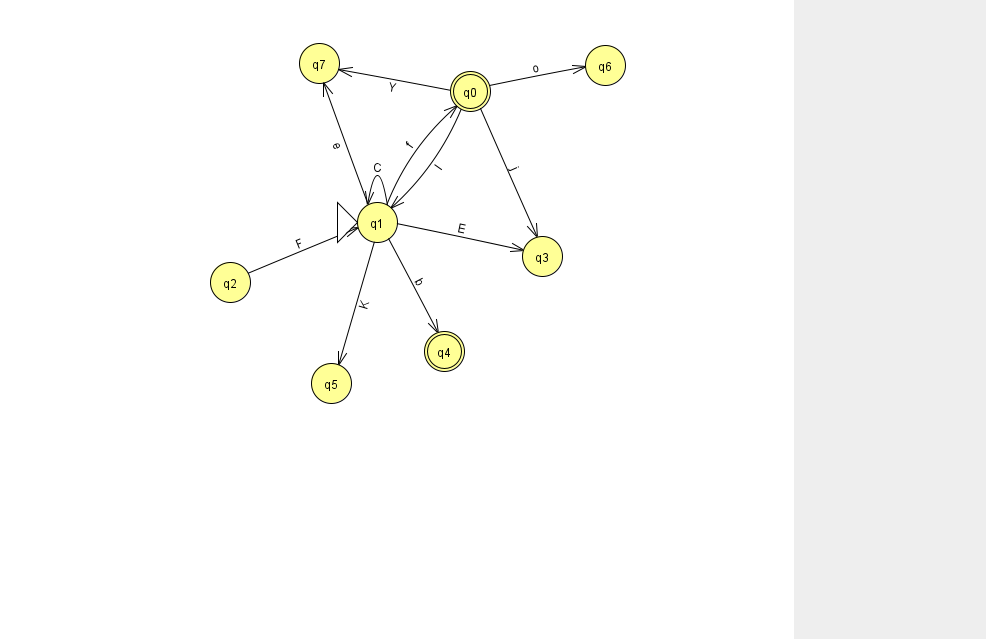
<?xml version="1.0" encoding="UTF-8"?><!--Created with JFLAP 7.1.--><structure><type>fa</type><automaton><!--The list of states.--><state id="0" name="q0"><x>470.0</x><y>78.0</y><final/></state><state id="1" name="q1"><x>377.0</x><y>209.0</y><initial/></state><state id="2" name="q2"><x>230.0</x><y>269.0</y></state><state id="3" name="q3"><x>542.0</x><y>243.0</y></state><state id="4" name="q4"><x>444.0</x><y>338.0</y><final/></state><state id="5" name="q5"><x>331.0</x><y>370.0</y></state><state id="6" name="q6"><x>605.0</x><y>52.0</y></state><state id="7" name="q7"><x>319.0</x><y>50.0</y></state><!--The list of transitions.--><transition><from>2</from><to>1</to><read>F</read></transition><transition><from>0</from><to>1</to><read>l</read></transition><transition><from>1</from><to>1</to><read>C</read></transition><transition><from>1</from><to>4</to><read>b</read></transition><transition><from>1</from><to>0</to><read>f</read></transition><transition><from>1</from><to>7</to><read>e</read></transition><transition><from>0</from><to>3</to><read>j</read></transition><transition><from>0</from><to>7</to><read>Y</read></transition><transition><from>1</from><to>5</to><read>K</read></transition><transition><from>1</from><to>3</to><read>E</read></transition><transition><from>0</from><to>6</to><read>o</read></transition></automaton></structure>